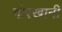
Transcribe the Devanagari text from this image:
गोरखानी